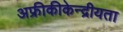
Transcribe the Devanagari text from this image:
अफ्रीकीकेन्द्रीयता